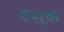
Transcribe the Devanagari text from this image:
रुसूक़